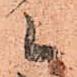
候